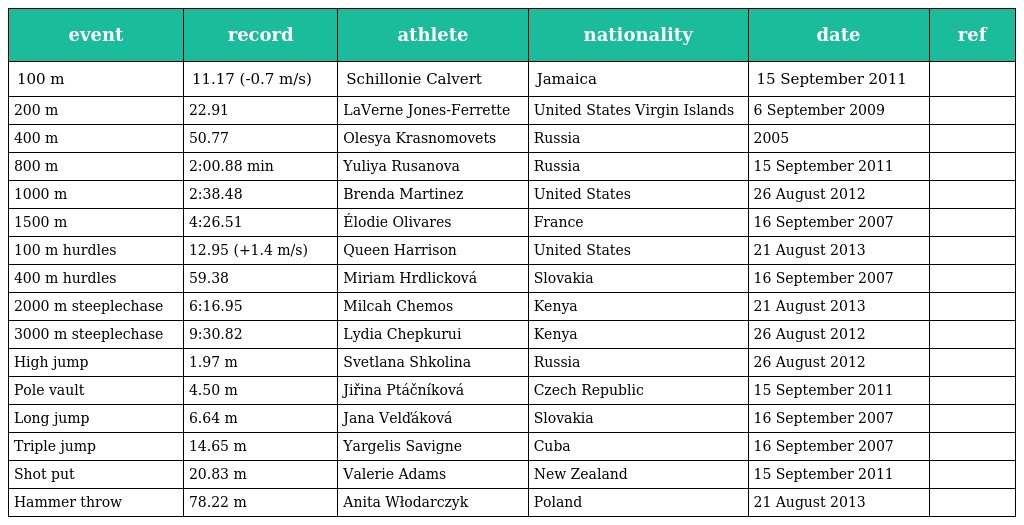
| event | record | athlete | nationality | date | ref |
 | --- | --- | --- | --- | --- | --- |
 | 100 m | 11.17 (-0.7 m/s) | Schillonie Calvert | Jamaica | 15 September 2011 |  |
 | 200 m | 22.91 | LaVerne Jones-Ferrette | United States Virgin Islands | 6 September 2009 |  |
 | 400 m | 50.77 | Olesya Krasnomovets | Russia | 2005 |  |
 | 800 m | 2:00.88 min | Yuliya Rusanova | Russia | 15 September 2011 |  |
 | 1000 m | 2:38.48 | Brenda Martinez | United States | 26 August 2012 |  |
 | 1500 m | 4:26.51 | Élodie Olivares | France | 16 September 2007 |  |
 | 100 m hurdles | 12.95 (+1.4 m/s) | Queen Harrison | United States | 21 August 2013 |  |
 | 400 m hurdles | 59.38 | Miriam Hrdlicková | Slovakia | 16 September 2007 |  |
 | 2000 m steeplechase | 6:16.95 | Milcah Chemos | Kenya | 21 August 2013 |  |
 | 3000 m steeplechase | 9:30.82 | Lydia Chepkurui | Kenya | 26 August 2012 |  |
 | High jump | 1.97 m | Svetlana Shkolina | Russia | 26 August 2012 |  |
 | Pole vault | 4.50 m | Jiřina Ptáčníková | Czech Republic | 15 September 2011 |  |
 | Long jump | 6.64 m | Jana Velďáková | Slovakia | 16 September 2007 |  |
 | Triple jump | 14.65 m | Yargelis Savigne | Cuba | 16 September 2007 |  |
 | Shot put | 20.83 m | Valerie Adams | New Zealand | 15 September 2011 |  |
 | Hammer throw | 78.22 m | Anita Włodarczyk | Poland | 21 August 2013 |  |